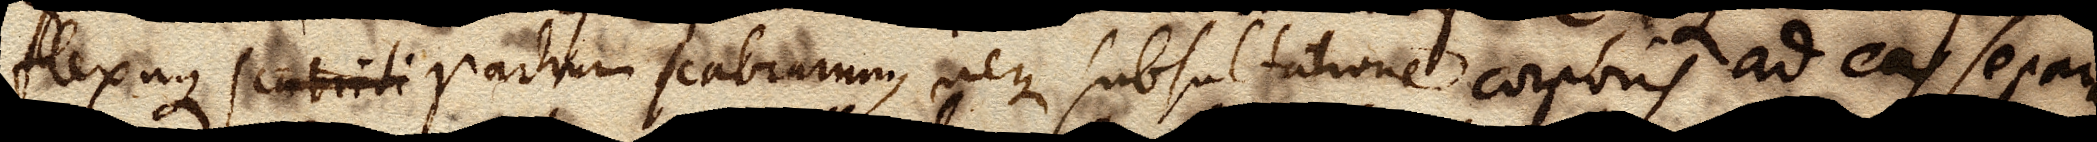
flexuque partium scabrarum, neque subsultatione corporis ad eas separan–